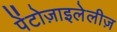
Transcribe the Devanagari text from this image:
पेंटोज़ाइलेलीज़